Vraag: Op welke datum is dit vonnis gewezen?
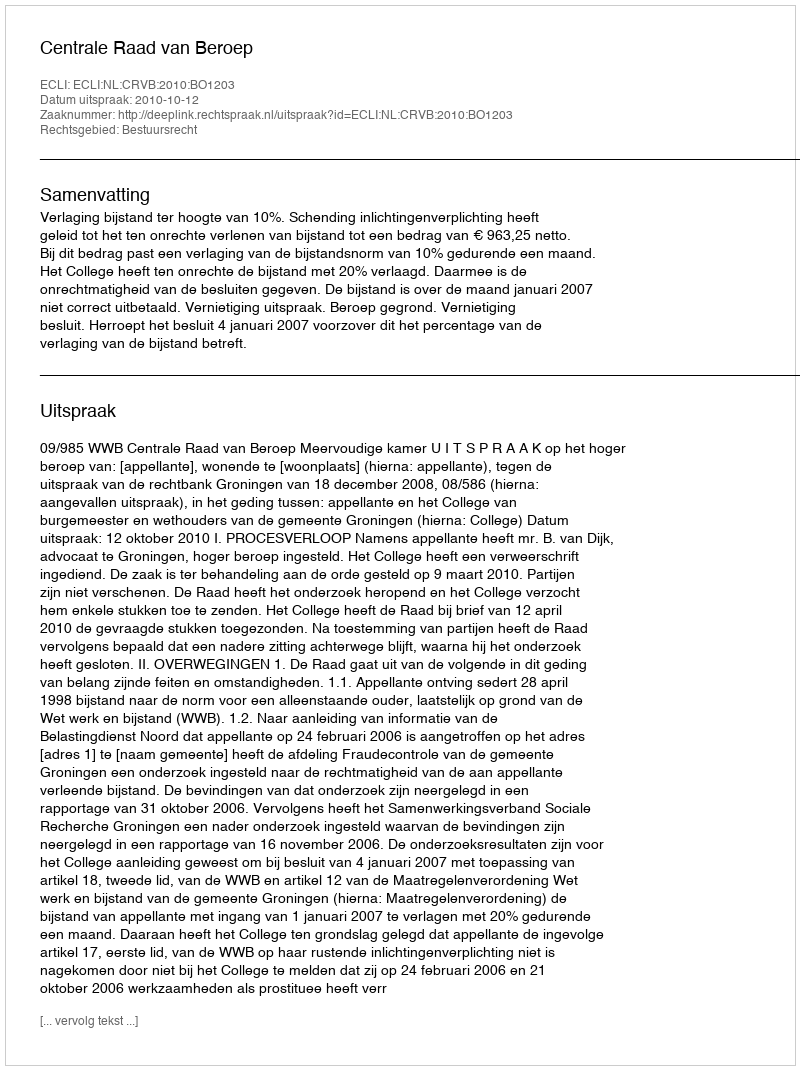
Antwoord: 2010-10-12